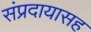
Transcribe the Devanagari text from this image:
संप्रदायासह